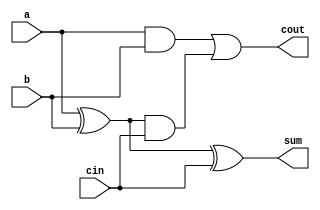
`timescale 1ns / 1ps
//////////////////////////////////////////////////////////////////////////////////
// Company: 
// Engineer: 
// 
// Design Name: 
// Module Name: FA
// Project Name: 
// Target Devices: 
// Tool Versions: 
// Description: 
// 
// Dependencies: 
// 
// Revision:
// Revision 0.01 - File Created
// Additional Comments:
// 
//////////////////////////////////////////////////////////////////////////////////


module FA(cout, sum, a, b, cin);
    input a, b, cin;
    output cout, sum;
    
    wire w1, w2, w3;
    
    // Sum
    xor(w1, a, b);
    xor(sum, w1, cin);
    
    // Cout
    and(w2, a, b);
    and(w3, w1, cin);
    or(cout, w2, w3);
    
endmodule